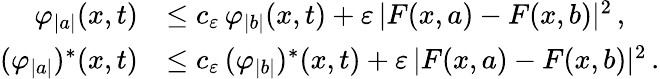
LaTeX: \begin{array}{rl}{\varphi_{\vert a\vert}(x,t)}&{\leq c_{\varepsilon}\, \varphi_{\vert b\vert}(x,t)+\varepsilon\, \vert F(x,a)-F(x,b)\vert^{2}\, ,}\\ {(\varphi_{\vert a\vert})^{*}(x,t)}&{\leq c_{\varepsilon}\, (\varphi_{\vert b\vert})^{*}(x,t)+\varepsilon\, \vert F(x,a)-F(x,b)\vert^{2}\, .}\end{array}